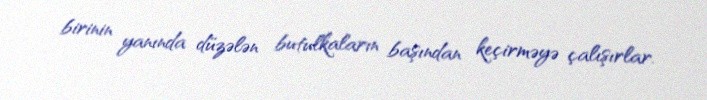
birinin yanında düzələn butulkaların başından keçirməyə çalışırlar.